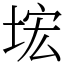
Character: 㙆